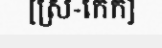
[ស្រ-កេក]